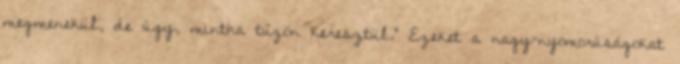
megmenekül, de úgy, mintha tűzön keresztül." Ezeket a nagy-nyomorúságokat